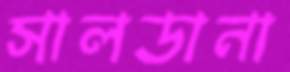
সালডানা